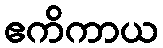
ဧကိကာယ